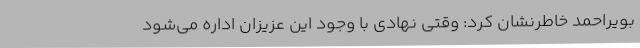
بویراحمد خاطرنشان کرد: وقتی نهادی با وجود این عزیزان اداره می‌شود